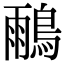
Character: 𪂕